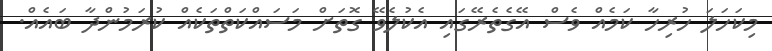
މިކަހަލަ ހުރިހާ ކަމެއް ވެސް އޭގެތެރޭގައި އެކުލެވޭ ގޮތަށް މަސައްކަތްތަކެއް ކުރަމުންދާ ބައެއް.